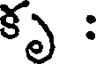
కృ :